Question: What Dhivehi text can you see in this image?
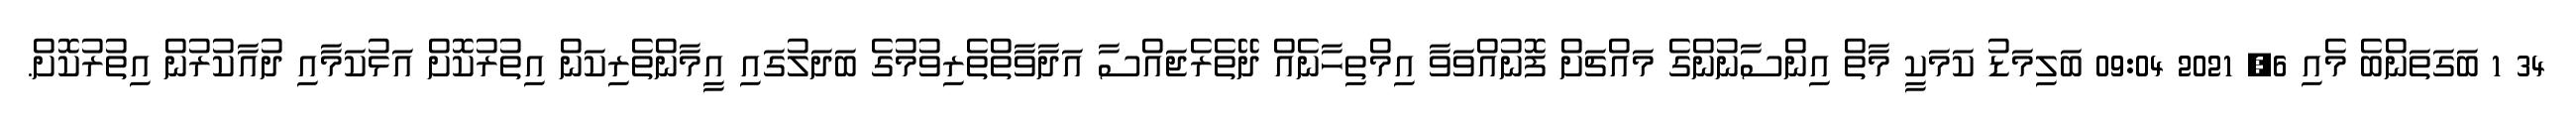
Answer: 34 1 ބަގަތަންބެ މެއި 6, 2021 09:04 ބަލިމަޑު ކަމަކީ މާތް އިންސާނުންގެ މައްޗަށް ފޮނުއްވަވާ އިމްތިހާނެއް ދޭތެރެޖައްސާ އަދާވާތްތެރިވުމުގެ ބަދަލުގައި އީމާންތެރިކަން އިތުރުކޮށް އަޅުކަމާއި ދުއާކުރުން އިތުރުކޮށް.